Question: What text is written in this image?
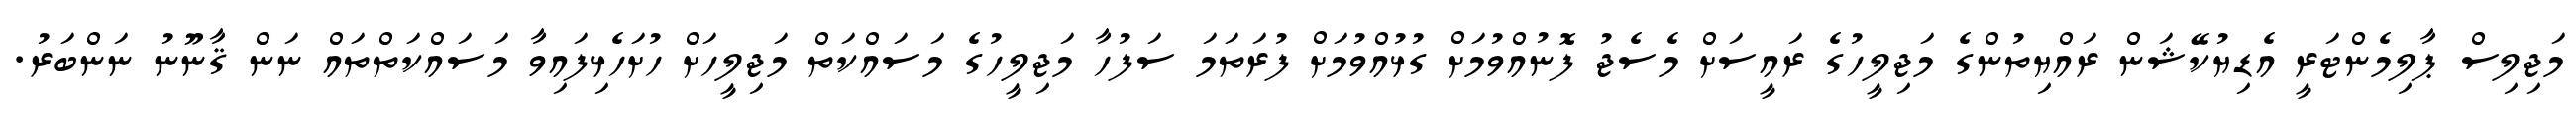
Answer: މަޖިލިސް ޕާލިމެންޓަރީ އެޑިޔުކޭޝަން ރައްޔިތުންގެ މަޖިލީހުގެ ރައީސަށް މެސެޖު ފޮނުއްވުމަށް ގުޅުއްވުމަށް ފުރަތަމަ ސަފުހާ މަޖިލީހުގެ މަސައްކަތް މަޖިލީހަށް ހުށަހެޅިފައިވާ މަސައްކަތްތައް ނަން ޤާނޫނު ނަންބަރު.